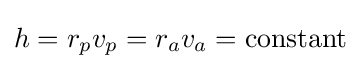
h=r_{p}v_{p}=r_{a}v_{a}={\text{constant}}